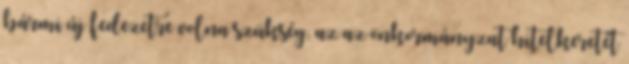
bármi új fedezetre volna szükség, az az önkormányzat hitelkeretét